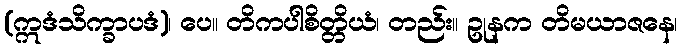
(ဣဒံသိက္ခာပဒံ)၊ ပေ။ တိကပါစိတ္တိယံ၊ တည်း။ ဥုနက တိမယာဇနေ၊